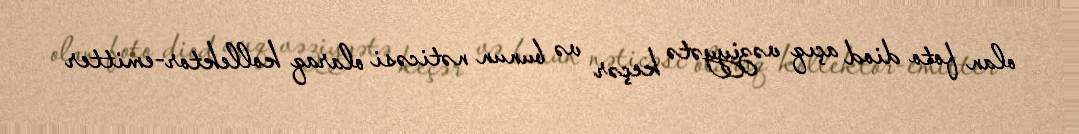
olan foto diod açıq vəziyyətə keçər və bunun nəticəsi olaraq kollektor-emitter